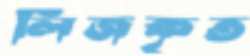
লিজকৃত